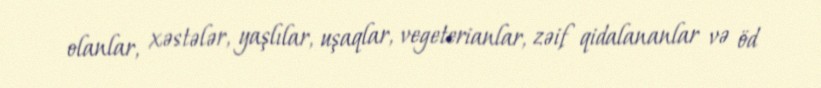
olanlar, xəstələr, yaşlılar, uşaqlar, vegeterianlar, zəif qidalananlar və öd